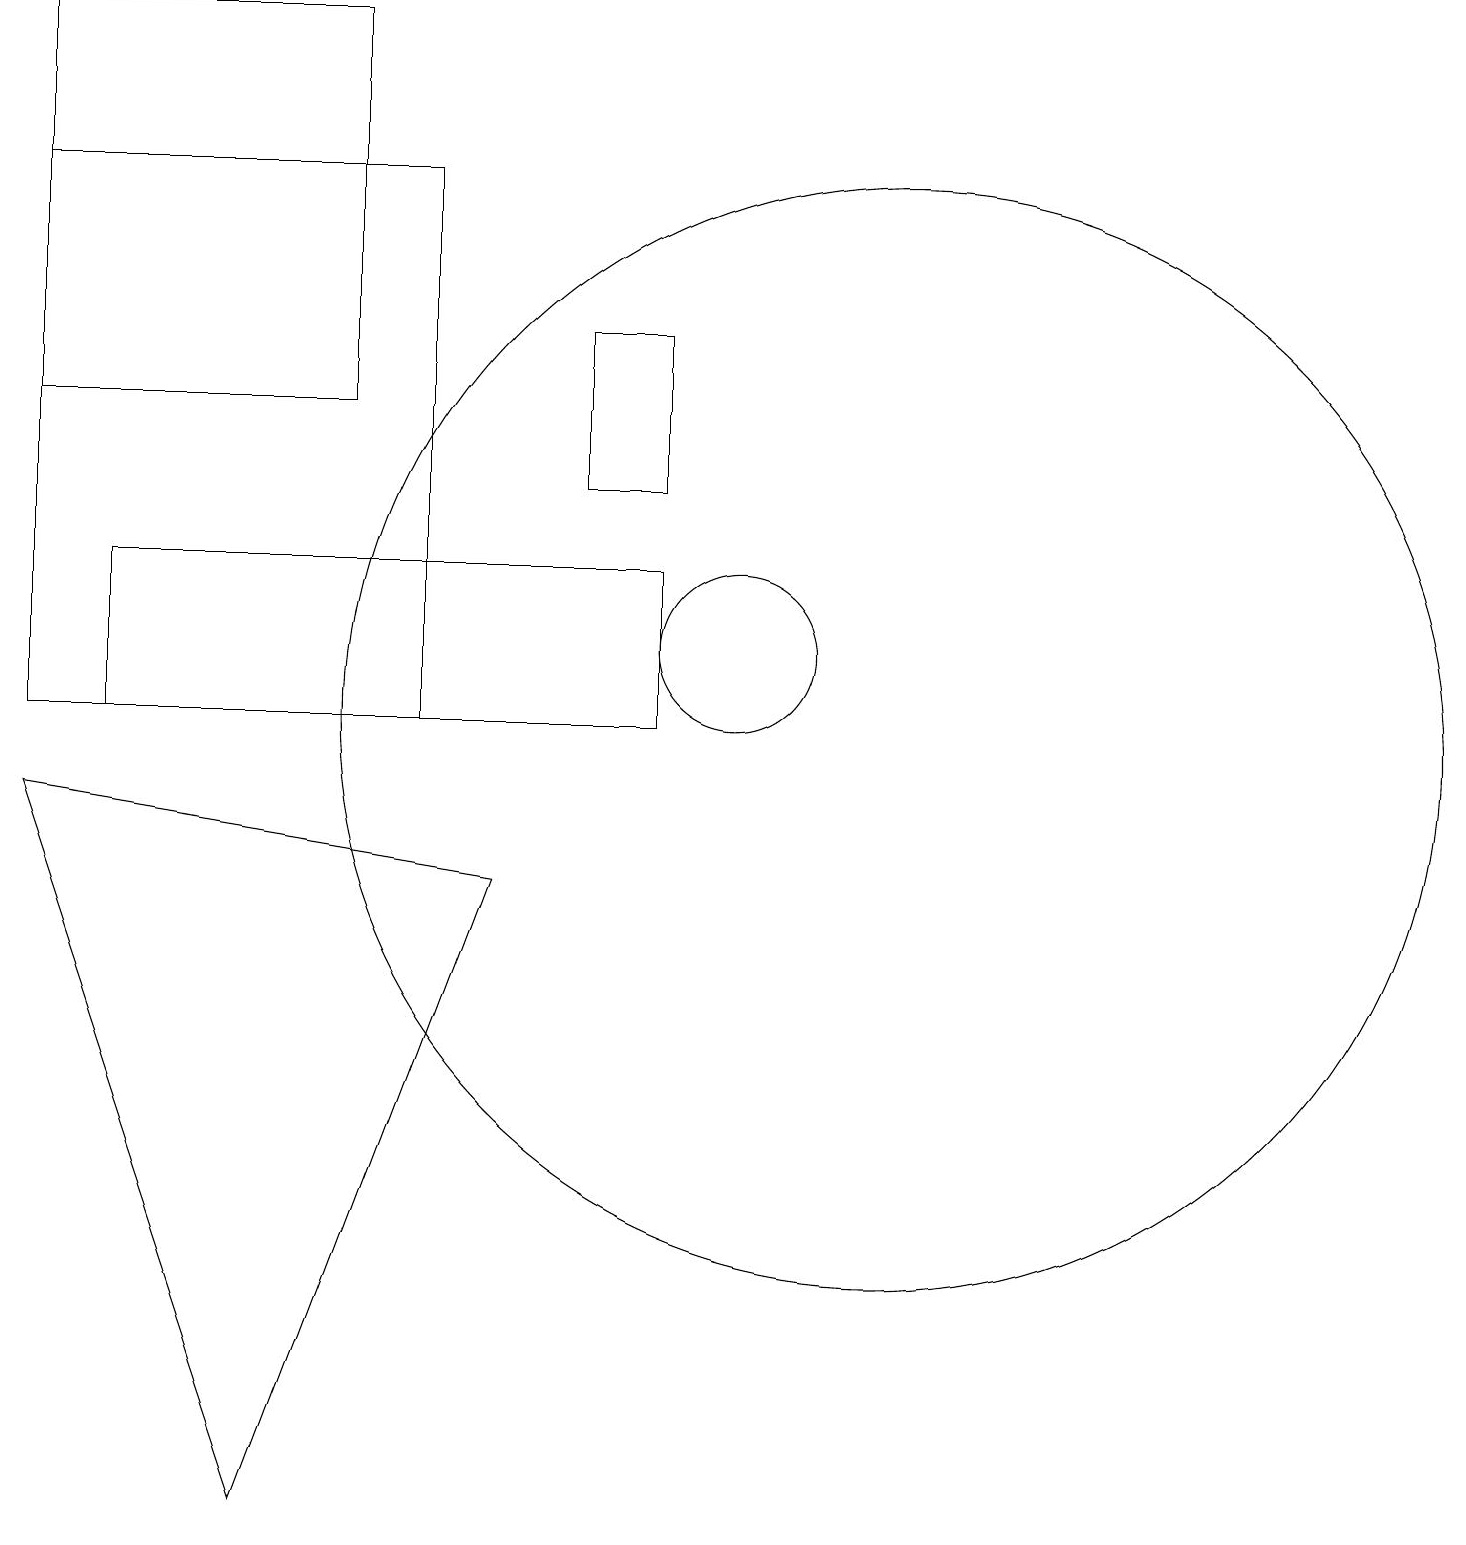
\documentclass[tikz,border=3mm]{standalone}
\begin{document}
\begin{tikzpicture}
\draw (9,13) rectangle (8,15);
\draw (10,11) circle (1);
\draw (1,14) rectangle (5,19);
\draw (12,10) circle (7);
\draw (1,10) rectangle (6,17);
\draw (9,10) rectangle (2,12);
\draw (7,8) -- (4,0) -- (1,9) -- cycle;
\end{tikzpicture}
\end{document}